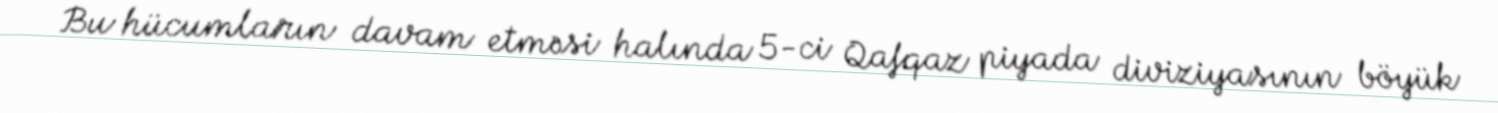
Bu hücumların davam etməsi halında 5-ci Qafqaz piyada diviziyasının böyük